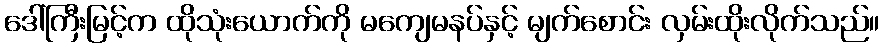
ဒေါ်ကြီးမြင့်က ထိုသုံးယောက်ကို မကျေမနပ်နှင့် မျက်စောင်း လှမ်းထိုးလိုက်သည်။